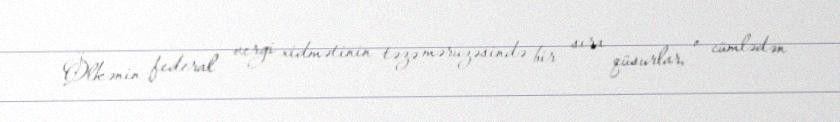
Ölkənin federal vergi xidmətinin təzə məruzəsində bir sıra qüsurlar, o cümlədən